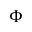
\Phi